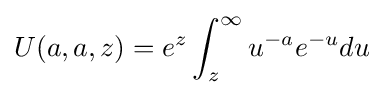
U(a,a,z)=e^{z}\int _{z}^{\infty }u^{-a}e^{-u}du